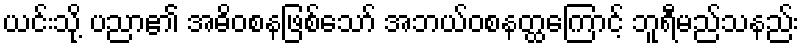
ယင်းသို့ ပညာ၏ အဓိဝစနဖြစ်သော် အဘယ်ဝစနတ္ထကြောင့် ဘူရီမည်သနည်း